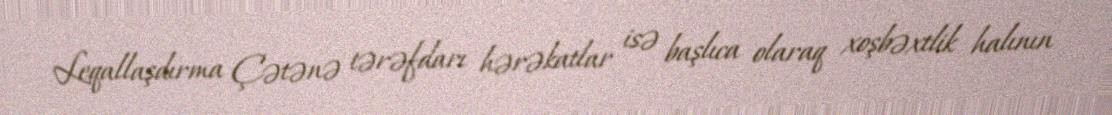
Leqallaşdırma Çətənə tərəfdarı hərəkatlar isə başlıca olaraq xoşbəxtlik halının